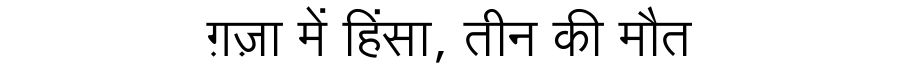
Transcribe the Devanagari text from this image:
ग़ज़ा में हिंसा, तीन की मौत